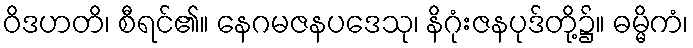
ဝိဒဟတိ၊ စီရင်၏။ နေဂမဇနပဒေသု၊ နိဂုံးဇနပုဒ်တို့၌။ ဓမ္မိကံ၊